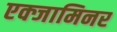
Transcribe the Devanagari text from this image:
एक्जामिनर